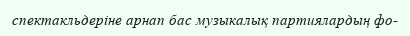
спектакльдеріне арнап бас музыкалық партиялардың фо-